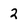
Character: 2